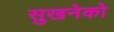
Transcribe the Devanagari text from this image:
सुखनेको